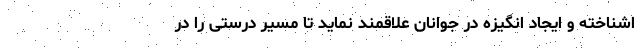
اشناخته و ایجاد انگیزه در جوانان علاقمند نماید تا مسیر درستی را در